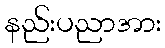
နည်းပညာအား